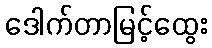
ဒေါက်တာမြင့်ထွေး